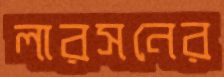
লারসনের